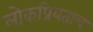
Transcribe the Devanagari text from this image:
लोकप्रियताच